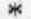
*